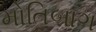
મોતિબાગ